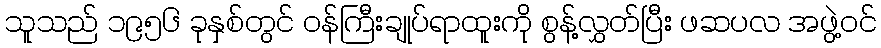
သူသည် ၁၉၅၆ ခုနှစ်တွင် ဝန်ကြီးချုပ်ရာထူးကို စွန့်လွှတ်ပြီး ဖဆပလ အဖွဲ့ဝင်